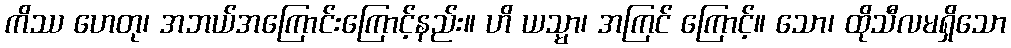
ကိဿ ဟေတု၊ အဘယ်အကြောင်းကြောင့်နည်း။ ဟိ ယသ္မာ၊ အကြင် ကြောင့်။ သော၊ ထိုသီလမရှိသော